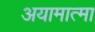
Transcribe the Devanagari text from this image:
अयामात्मा